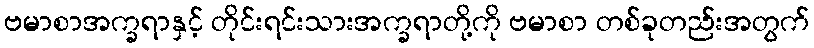
ဗမာစာအက္ခရာနှင့် တိုင်းရင်းသားအက္ခရာတို့ကို ဗမာစာ တစ်ခုတည်းအတွက်